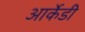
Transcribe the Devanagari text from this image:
आर्केडी